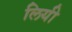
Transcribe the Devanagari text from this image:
लियी